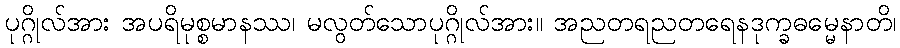
ပုဂ္ဂိုလ်အား အပရိမုစ္စမာနဿ၊ မလွတ်သောပုဂ္ဂိုလ်အား။ အညတရညတရေနဒုက္ခဓမ္မေနာတိ၊